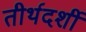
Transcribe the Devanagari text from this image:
तीर्थदर्शी